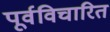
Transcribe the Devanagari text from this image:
पूर्वविचारित